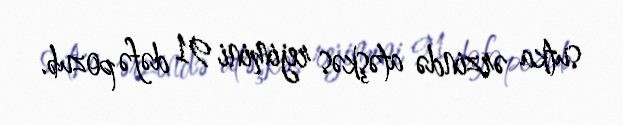
sutka ərzində atəşkəs rejimini 91 dəfə pozub.